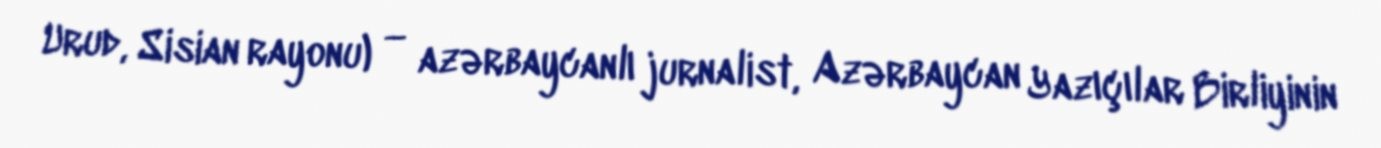
Urud, Sisian rayonu) — azərbaycanlı jurnalist, Azərbaycan Yazıçılar Birliyinin